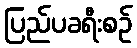
ပြည်ပခရီးစဉ်